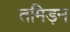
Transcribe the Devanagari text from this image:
तमिड़न